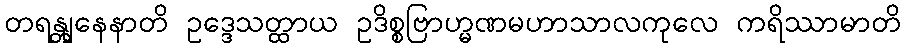
တရန္တျနေနာတိ ဥဒ္ဒေသတ္ထာယ ဥဒိစ္စဗြာဟ္မဏမဟာသာလကုလေ ကရိဿာမာတိ